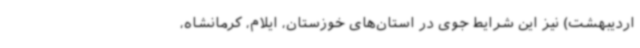
اردیبهشت) نیز این شرایط جوی در استان‌های خوزستان، ایلام، کرمانشاه،